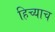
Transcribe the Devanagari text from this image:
हिच्याच